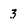
Character: 3